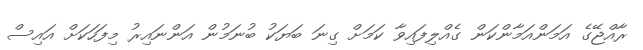
ރާއްޖޭގެ އަމަންއަމާންކަން ގެއްލިފައިވާ ކަމަށް ގިނަ ބަޔަކު ބުނަމުން އަންނައިރު މިފަހަކަށް އައިސް